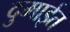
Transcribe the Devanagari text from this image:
दुमाईत